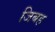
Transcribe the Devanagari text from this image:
जिबह